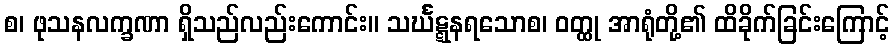
စ၊ ဖုသနလက္ခဏာ ရှိသည်လည်းကောင်း။ သင်္ဃဋ္ဋနရသောစ၊ ဝတ္ထု အာရုံတို့၏ ထိခိုက်ခြင်းကြောင့်